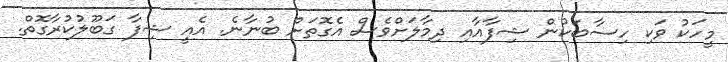
މީހަކު ވަކި ހިސާބަކުން ޝިފާއާއި ދިމާލަށްވެސް އެގޮތަށް ބުނާނެ. އެއީ ޝިފާ ގަބޫލުކުރާގޮތް.